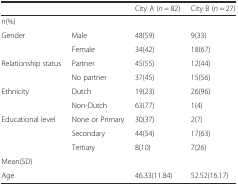
| <COLSPAN=2>  | City A (n = 82) | City B (n = 27) |
 | --- | --- | --- | --- |
 | <COLSPAN=4> n(%) |
 | Gender | Male | 48(59) | 9(33) |
 |  | Female | 34(42) | 18(67) |
 | Relationship status | Partner | 45(55) | 12(44) |
 |  | No partner | 37(45) | 15(56) |
 | Ethnicity | Dutch | 19(23) | 26(96) |
 |  | Non-Dutch | 63(77) | 1(4) |
 | Educational level | None or Primary | 30(37) | 2(7) |
 |  | Secondary | 44(54) | 17(63) |
 |  | Tertiary | 8(10) | 7(26) |
 | <COLSPAN=4> Mean(SD) |
 | Age |  | 46.33(11.84) | 52.52(16.17) |